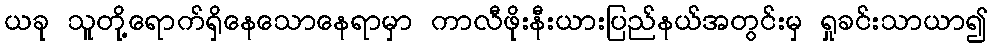
ယခု သူတို့ရောက်ရှိနေသောနေရာမှာ ကာလီဖိုးနီးယားပြည်နယ်အတွင်းမှ ရှုခင်းသာယာ၍